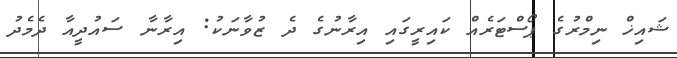
ޝައިޚް ނިމްރުގެ ޕޯސްޓަރެއް ކައިރީގައި އިރާނުގެ ދެ ޒުވާނަކު: އިރާނާ ސައުދީއާ ދެމެދު